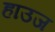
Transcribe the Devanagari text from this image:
हाउज